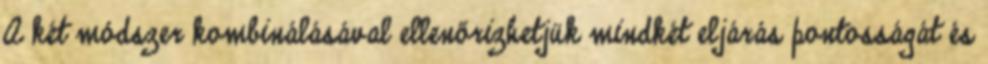
A két módszer kombinálásával ellenőrizhetjük mindkét eljárás pontosságát és